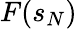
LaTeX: F(s_{N})